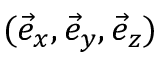
( \vec { e } _ { x } , \vec { e } _ { y } , \vec { e } _ { z } )